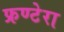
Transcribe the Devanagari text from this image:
फ्रण्टेरा